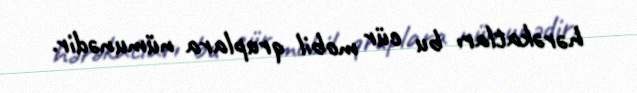
hərəkatları bu cür mobil qruplara nümunədir.